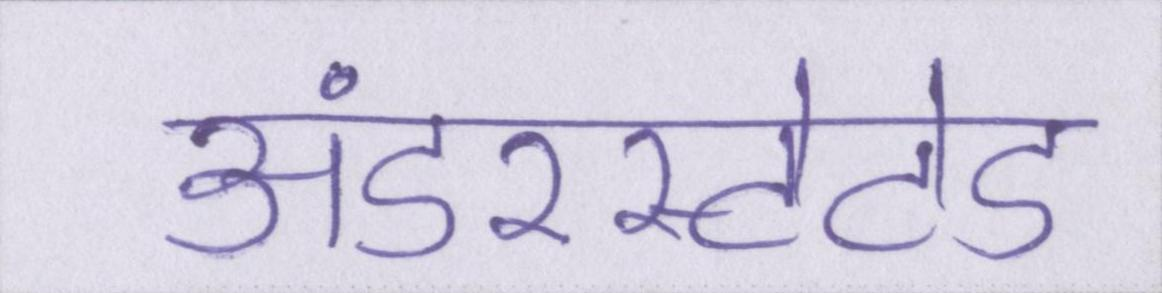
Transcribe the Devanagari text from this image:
अंडरस्टेटेड